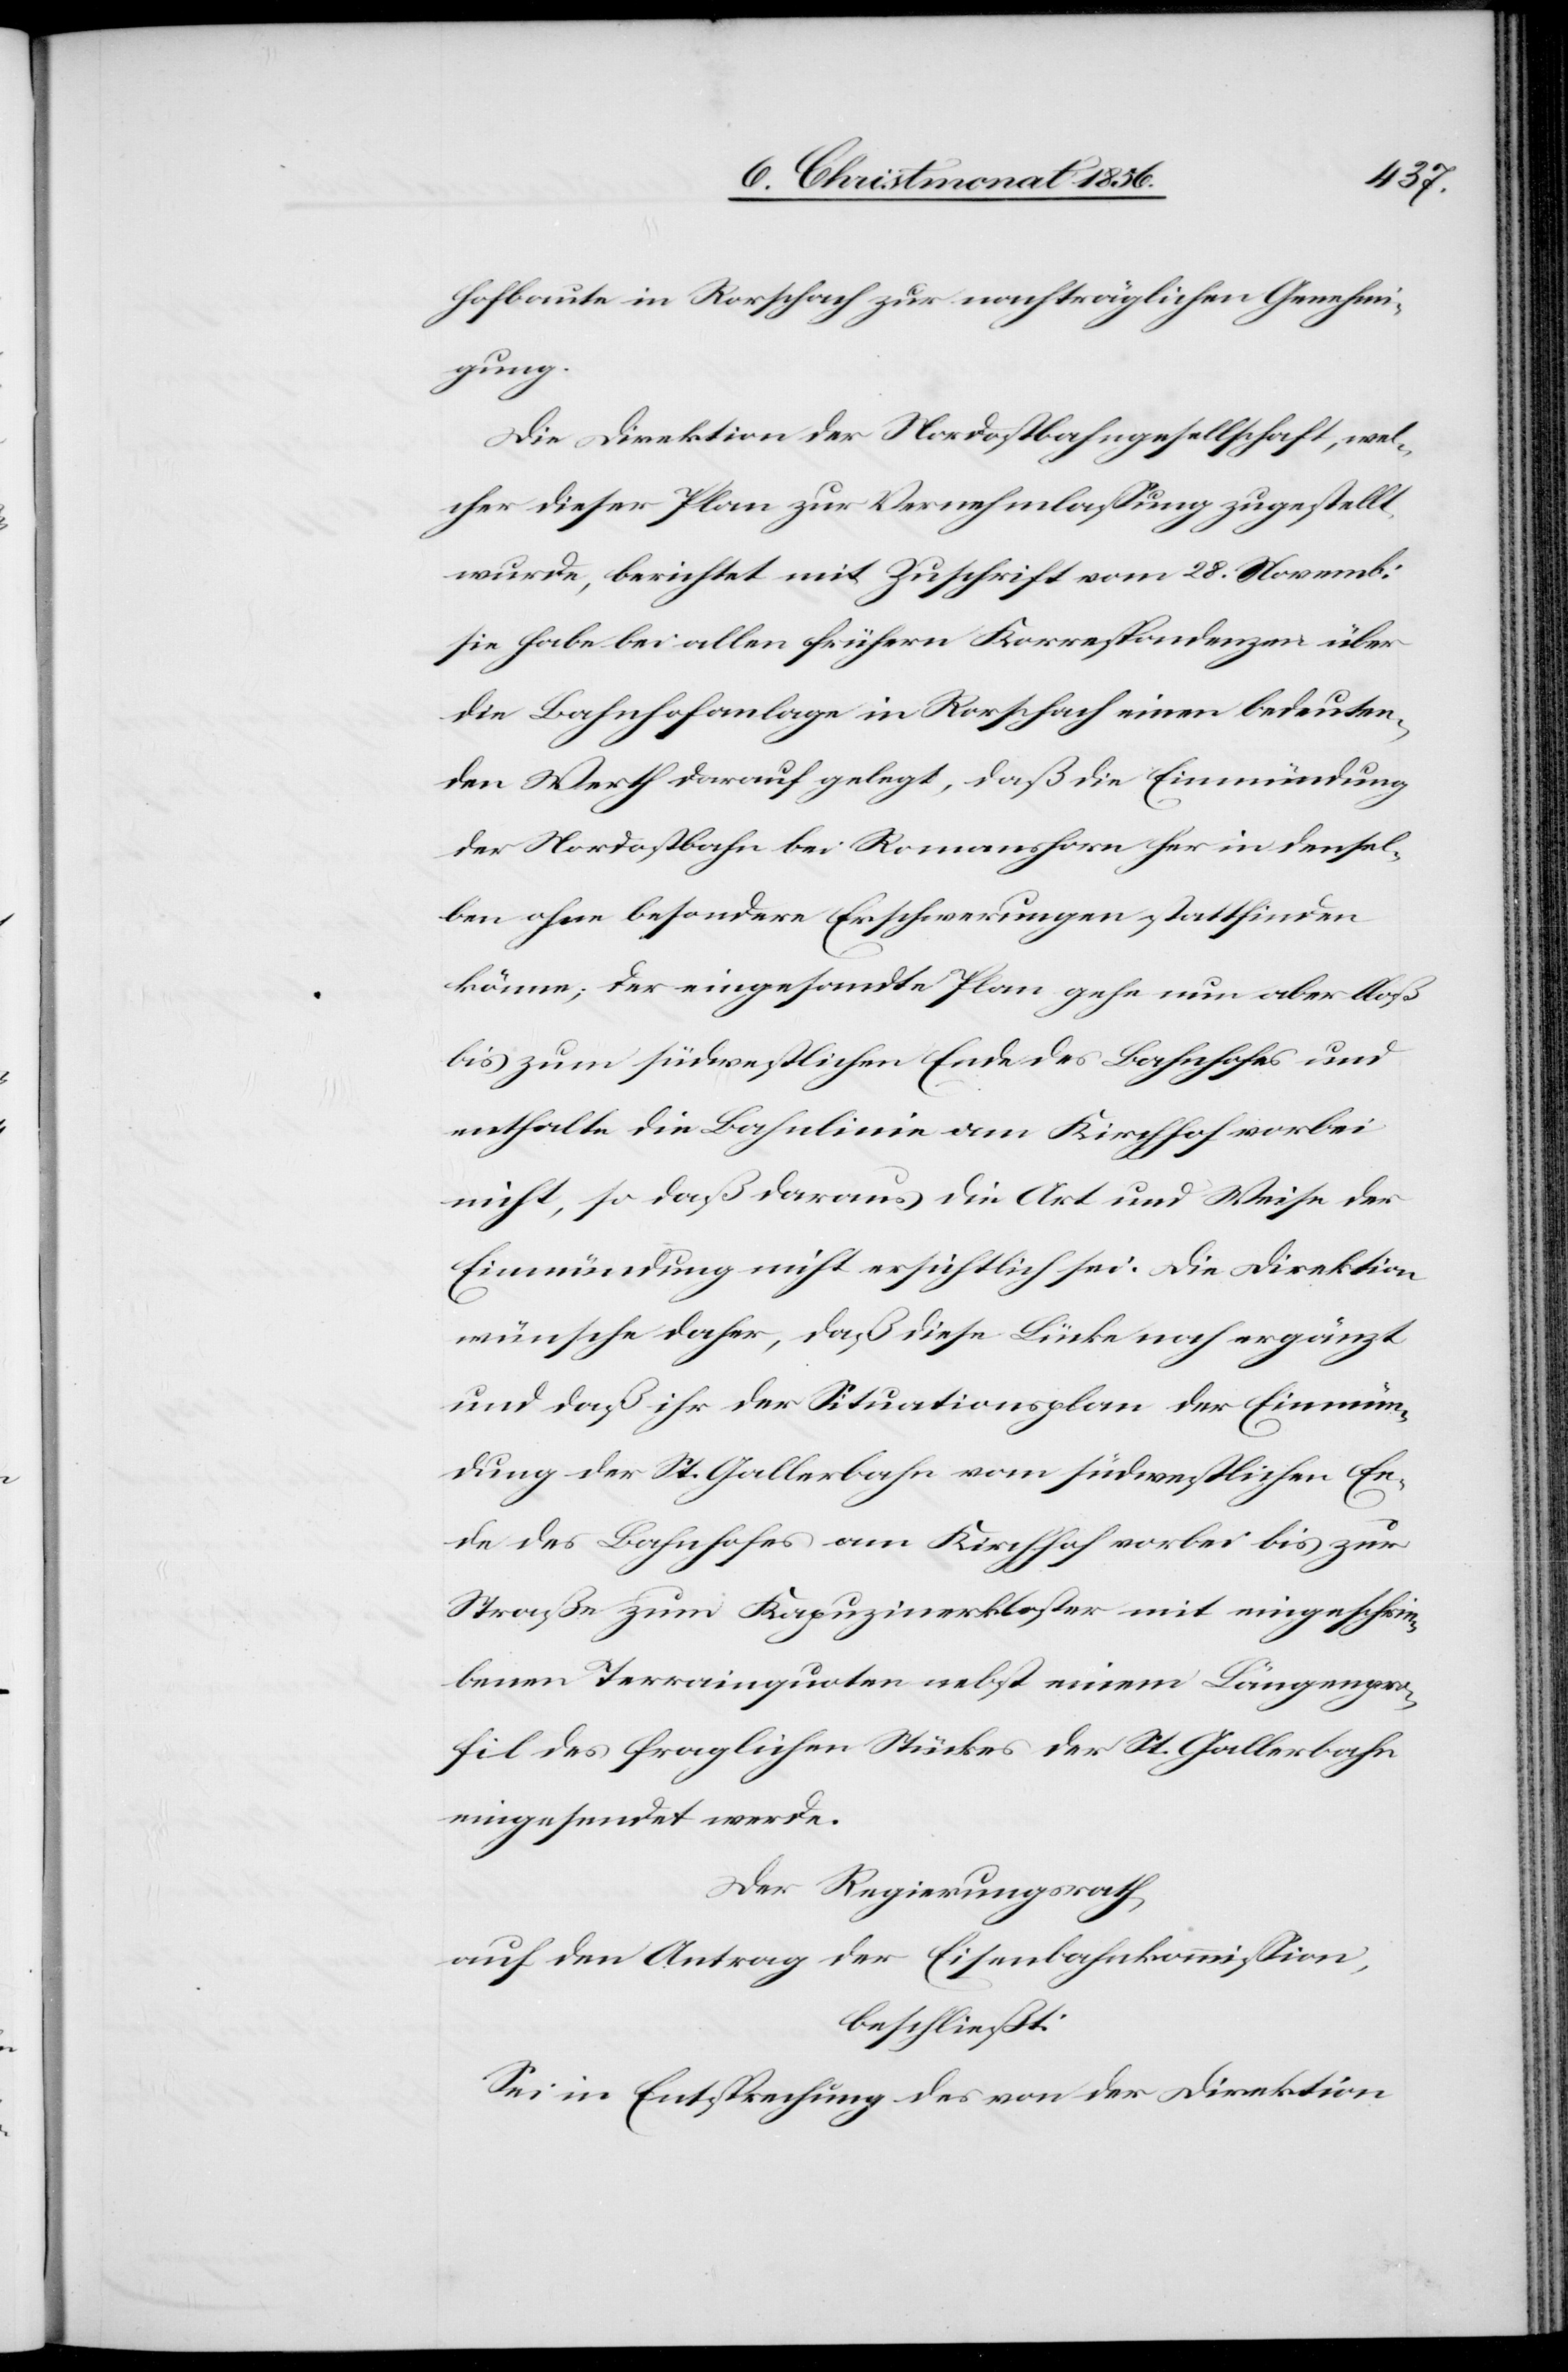
hofbaute in Rorschach zur nachträglichen Genehmi¬
gung.
Die Direktion der Nordostbahngesellschaft, wel¬
cher dieser Plan zur Vernehmlassung zugestellt
wurde, berichtet mit Zuschrift vom 28. Novemb:
sie habe bei allen frühern Korrespondenzen über
die Bahnhofanlage in Rorschach einen bedeuten¬
den Werth darauf gelegt, daß die Einmündung
der Nordostbahn bei Romanshorn her in densel¬
ben ohne besondere Erschwerungen stattfinden
könne; der eingesandte Plan gehe nun aber bloß
bis zum südwestlichen Ende des Bahnhofes und
enthalte die Bahnlinie am Kirchhof vorbei
nicht, so daß daraus die Art und Weise der
Einmündung nicht ersichtlich sei. Die Direktion
wünsche daher, daß diese Lücke noch ergänzt
und daß ihr der Situationsplan der Einmün¬
dung der St. Gallerbahn vom südwestlichen En¬
de des Bahnhofes am Kirchhof vorbei bis zur
Straße zum Kapuzinerkloster mit eingeschrie¬
benen Terrainquoten nebst einem Längenpro¬
fil des fraglichen Stückes der St. Gallerbahn
eingesendet werde.
Der Regierungsrath,
auf den Antrag der Eisenbahnkommission,
beschließt:
Sei in Entsprechung des von der Direktion